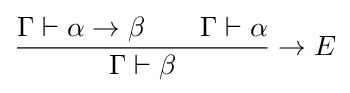
{\frac {\Gamma \vdash \alpha \rightarrow \beta \qquad \Gamma \vdash \alpha }{\Gamma \vdash \beta }}\rightarrow E